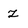
Character: z